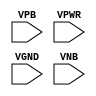
module sky130_fd_sc_ms__tapvgnd2 (
    //# {{power|Power}}
    input VPB ,
    input VPWR,
    input VGND,
    input VNB
);
endmodule